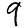
Digit: 9